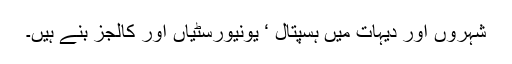
شہروں اور دیہات میں ہسپتال ‘ یونیورسٹیاں اور کالجز بنے ہیں۔